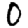
Digit: 0